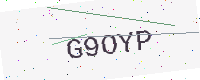
Text: G9OYP